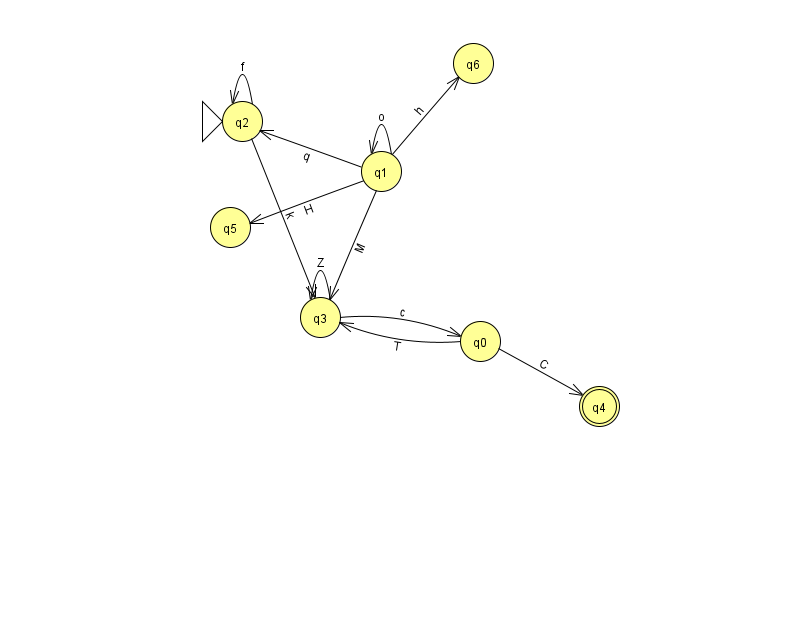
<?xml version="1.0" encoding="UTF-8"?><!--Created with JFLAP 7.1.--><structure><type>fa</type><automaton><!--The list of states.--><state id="0" name="q0"><x>480.0</x><y>328.0</y></state><state id="1" name="q1"><x>381.0</x><y>158.0</y></state><state id="2" name="q2"><x>242.0</x><y>108.0</y><initial/></state><state id="3" name="q3"><x>320.0</x><y>304.0</y></state><state id="4" name="q4"><x>599.0</x><y>393.0</y><final/></state><state id="5" name="q5"><x>230.0</x><y>214.0</y></state><state id="6" name="q6"><x>473.0</x><y>50.0</y></state><!--The list of transitions.--><transition><from>1</from><to>5</to><read>H</read></transition><transition><from>2</from><to>3</to><read>k</read></transition><transition><from>1</from><to>6</to><read>h</read></transition><transition><from>2</from><to>2</to><read>f</read></transition><transition><from>1</from><to>3</to><read>M</read></transition><transition><from>0</from><to>3</to><read>T</read></transition><transition><from>0</from><to>4</to><read>C</read></transition><transition><from>3</from><to>3</to><read>Z</read></transition><transition><from>1</from><to>2</to><read>q</read></transition><transition><from>3</from><to>0</to><read>c</read></transition><transition><from>1</from><to>1</to><read>o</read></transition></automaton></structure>